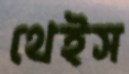
থেইস